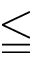
\leqq